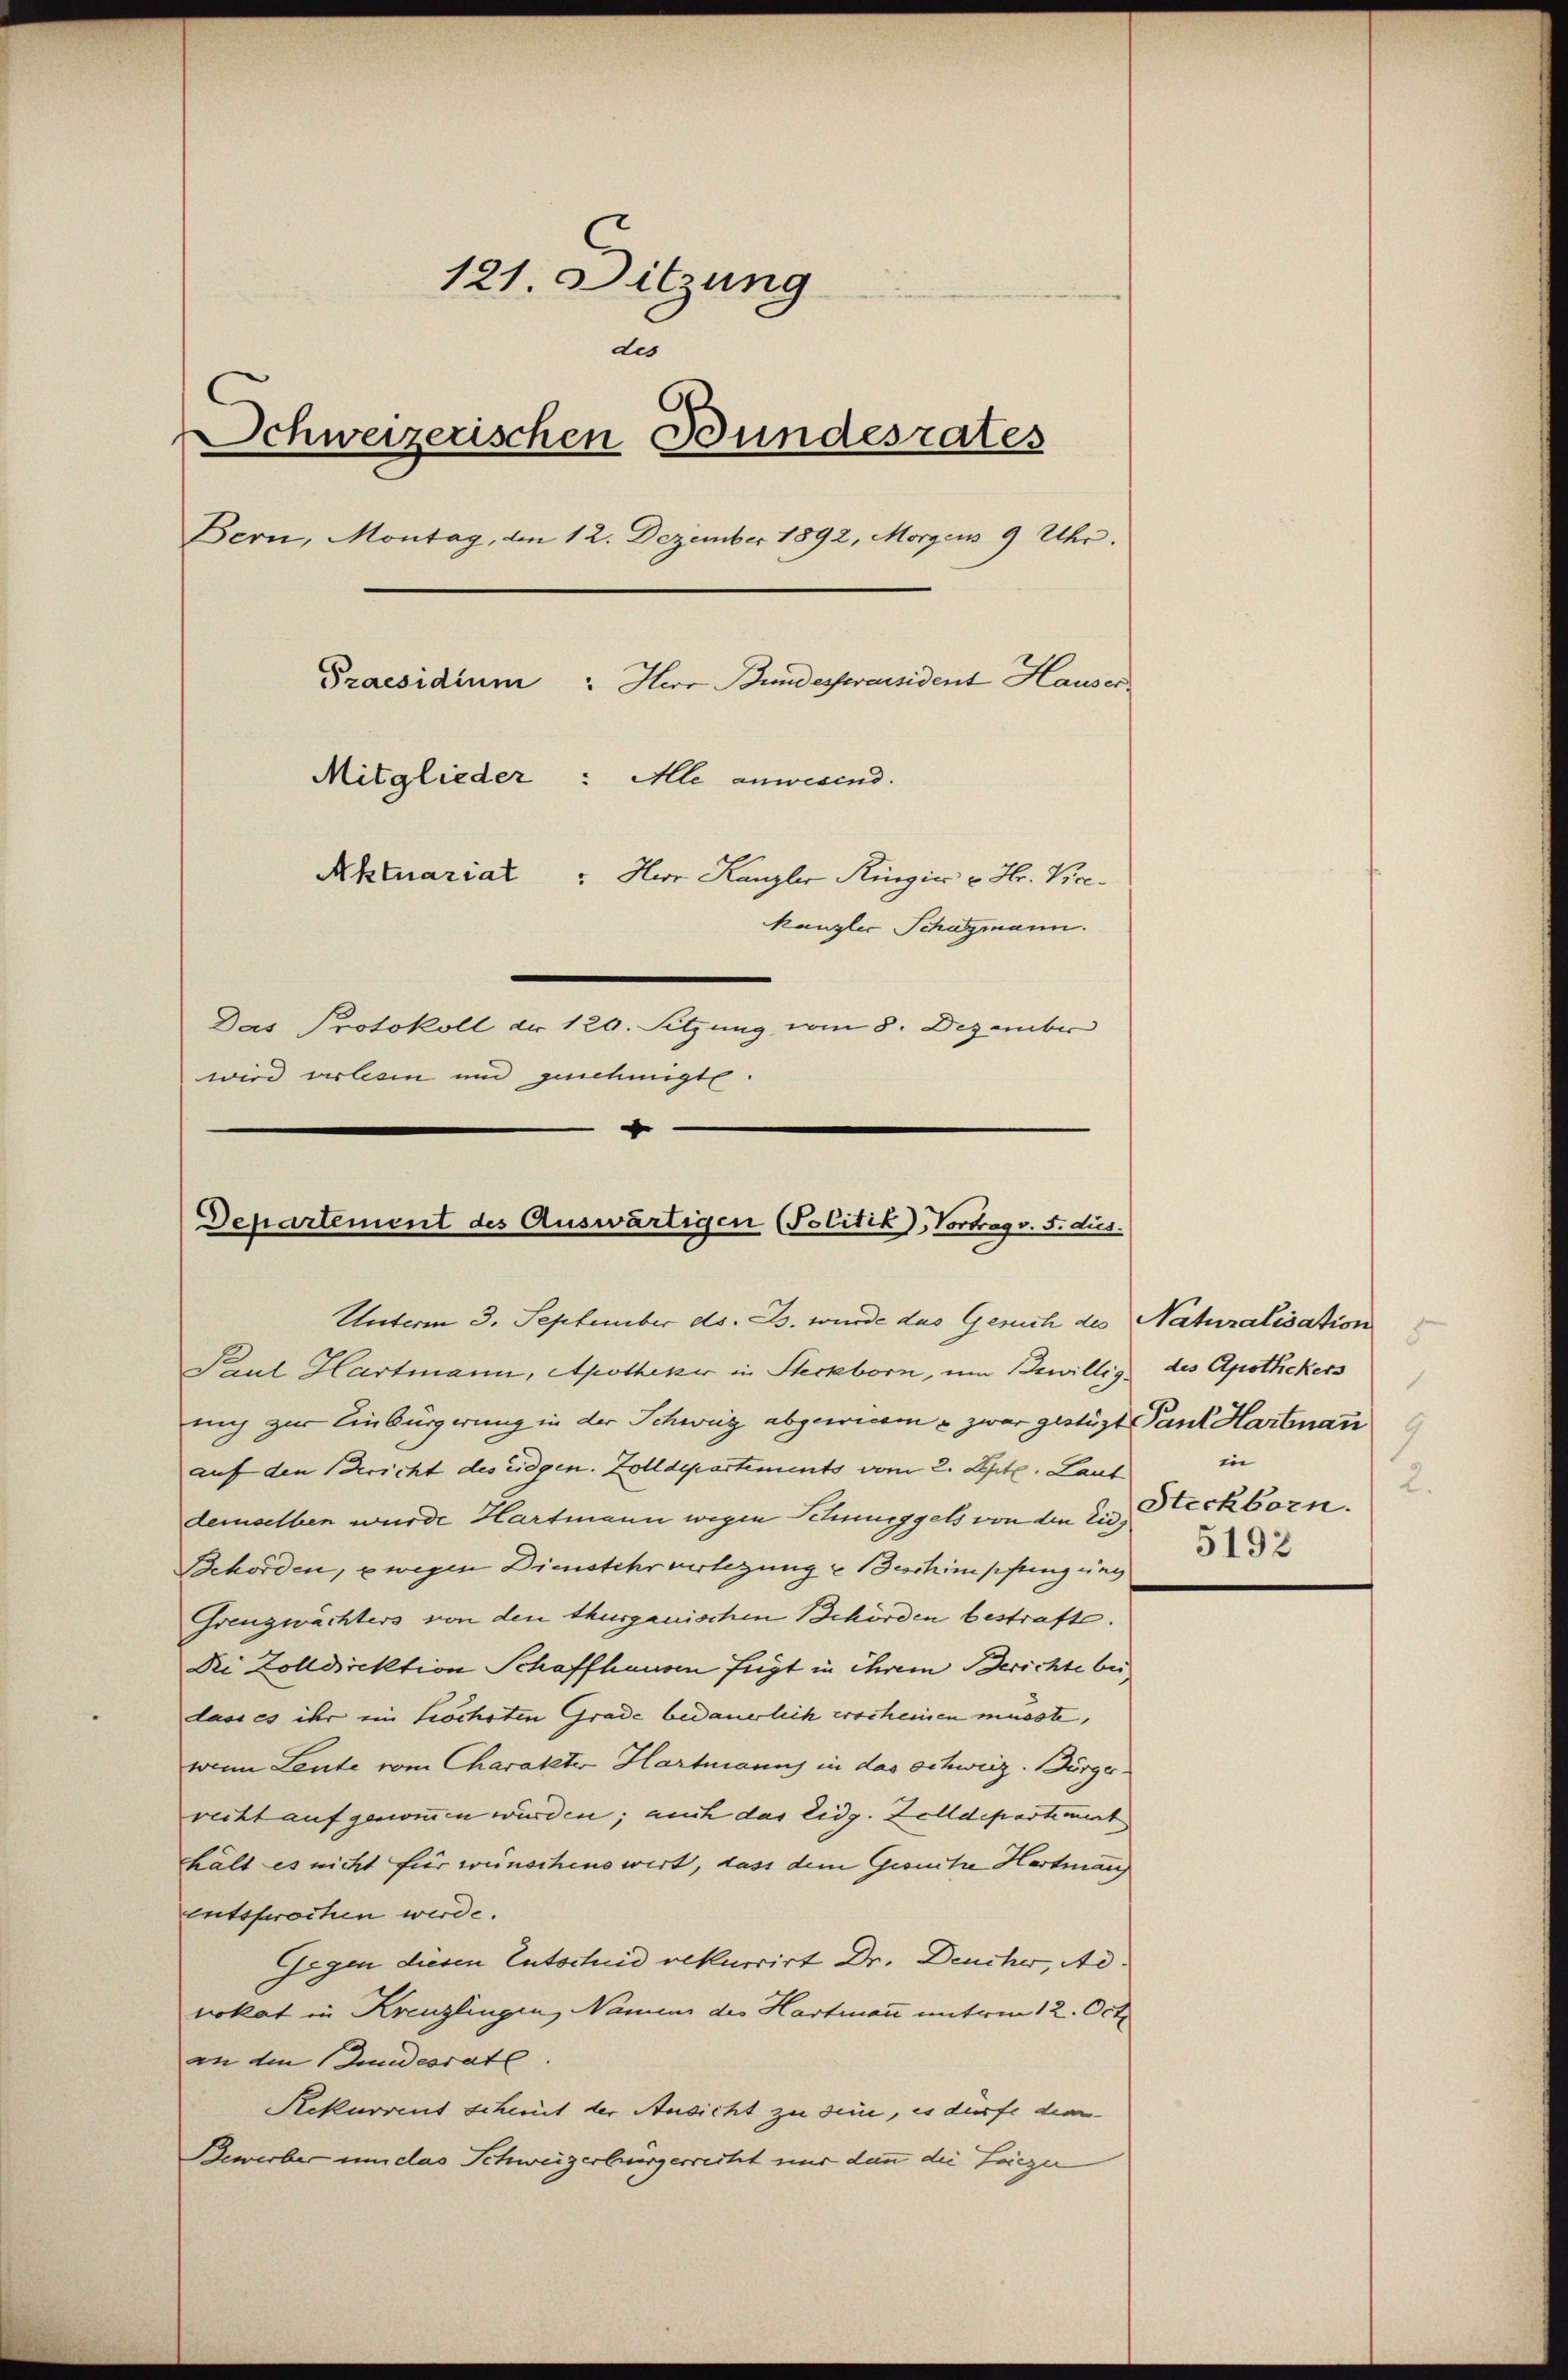
121. Sitzung
des
Schweizerischen Bundesrates
Bern, Montag, den 12. Dezember 1892, Morgens 9 Uhr.
Praesidium : Herr Bundesseresident Hauser
Mitglieder: Alle anwesend.
Aktuariat: Herr Kanzler Kinzia  Hr. Vicekanzlei Schagmann.
Das Protokoll der 120. Setzung vom 8. Dezember
wird verlesen und genehmigte
.

Departement des Auswärtigen (Politik), Vortrag v. 5. dus.
Unterm 3. September ds. B. wurde das Gesuch des Naturalisation

Paul Hartmann, Apotheker in Steckborn, um Bewillig des Apothekers
nch zur Einbürgerung in der Schweig abgewinn & zwar gestüzt Gant Hartenan
auf den Bericht des eidgen. Zolldepartements vom 2. Apte. Laut
demselben wurde Hartmann wegen Schnueggels von den Eid¬
Behörden, wegen Dienstehr verlegung u Beschimpftingung
Grenzwächters von den Thurgauischen Behörden bestraft.
Dri Zolldirektion Schaffhausen fügt in ihrem Berichte bei,
lasses ihr ein höchsten Grade bedauerlich erscheinen musste,
wenn Leute vom Charakter Hartmanns in das schweiz. Bürgerrecht aufgenommen wurden; auch das Eidg. Zolldepartement
hält es nicht für wünschens wirt, dass dem Gesuche Hartman
entsprochen werde.
Gegen diesen Entscheid rekurrirt Dr. Deucher, Ad.
vokat in Kreuzlingen, Namen des Hartmann unterm 12. Oct.
an den andesrate
Rekurrent scheint der Ansicht zu sein, es dürfe dem
Bewerber um das Schweizerbürgerrecht nur dann die Frieze

8.
1
1.
in
2.
Steckborn.
5192